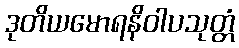
ဒုတိယမောရနိဝါပသုတ္တံ